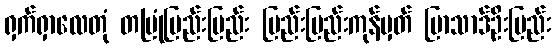
ရှက်ရှာလေတုံ တပြုံပြည်းပြည်း ပြည်းပြည်းကုန်မှတ် ပြာသာဒ်ဦးပြည်း